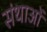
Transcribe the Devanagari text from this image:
संथाओं